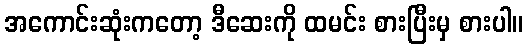
အကောင်းဆုံးကတော့ ဒီဆေးကို ထမင်း စားပြီးမှ စားပါ။